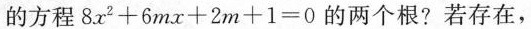
的方程$$8 x ^ { 2 } + 6 m x + 2 m + 1 = 0$$的两个根?若存在，